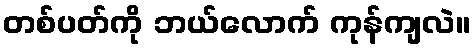
တစ်ပတ်ကို ဘယ်လောက် ကုန်ကျလဲ။